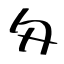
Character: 匁